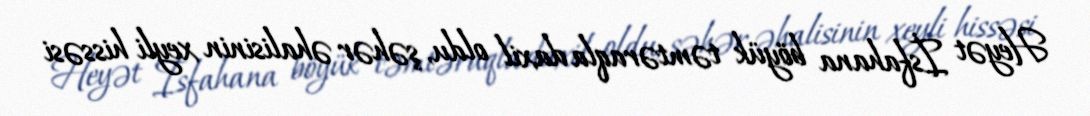
Heyət İsfahana böyük təmtəraqla daxil oldu, şəhər əhalisinin xeyli hissəsi